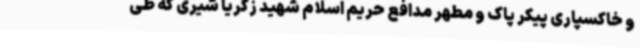
و خاکسپاری پیکر پاک و مطهر مدافع حریم اسلام شهید زکریا شیری که طی